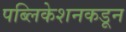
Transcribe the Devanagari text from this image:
पब्लिकेशनकडून